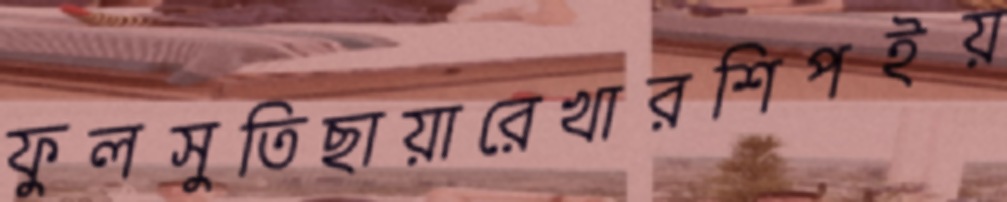
ফুলসুতিছায়ারেখারশিপইয়